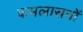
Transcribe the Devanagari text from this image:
कमलासनों